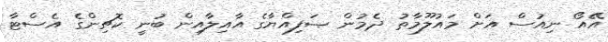
އޭއޯ ނިއުސް އަށް މައުލޫމާތު ދެމުން ޞަފިއްޔާގެ އާއިލާއިން ބުނީ ކޮޗިންގެ އެސްޓާ